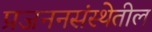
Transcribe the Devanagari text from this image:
प्रजननसंस्थेतील